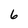
Character: 6